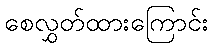
စေလွှတ်ထားကြောင်း